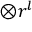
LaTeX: { \boldsymbol { \otimes } } r ^ { l }